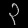
Digit: ၃